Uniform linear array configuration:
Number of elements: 24
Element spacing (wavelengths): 0.5
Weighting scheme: hann
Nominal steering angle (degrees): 30
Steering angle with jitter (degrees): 31.349
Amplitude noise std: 0.05
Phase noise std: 0.05

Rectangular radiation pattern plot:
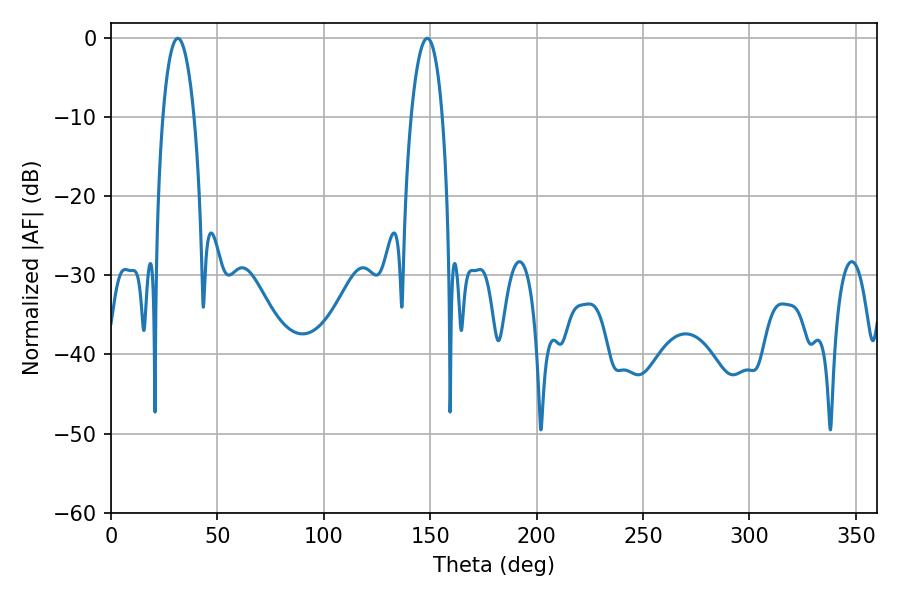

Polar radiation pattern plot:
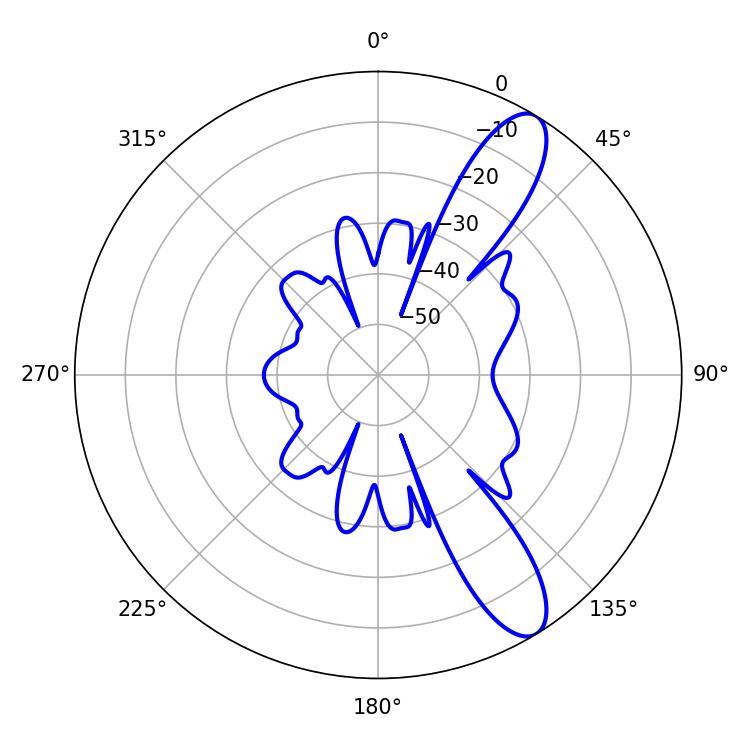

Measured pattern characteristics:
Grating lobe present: FALSE
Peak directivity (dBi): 10.955
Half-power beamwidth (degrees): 8.28
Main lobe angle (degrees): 31.32